Civil Veterinary Dept. Assam report 1927-50 - 1927-1950
Year: 1927
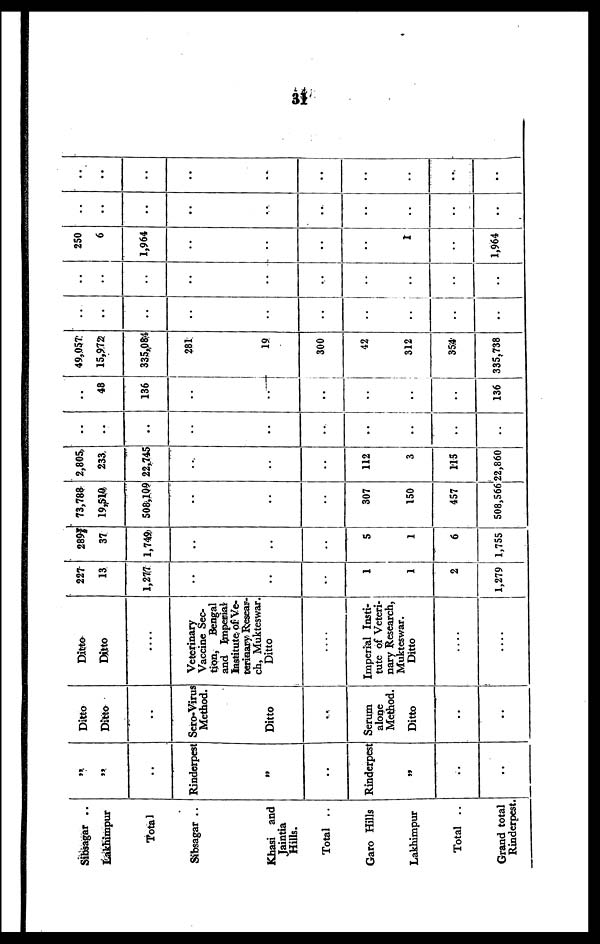
31
Sibsagar ..
Lakhimpur
Total
Sibsagar ..
Khasi and
Jaintia
Hills.
Total ..
Garo Hills
Lakhimpur
Total ..
Grand total
Rinderpest.
„
„
..
Rinderpest
„
..
Rinderpest
„
..
..
Ditto
Ditto
..
Sero-Virus
Method.
Ditto
..
Serum
alone
Method.
Ditto
..
..
Ditto
Ditto
....
Veterinary
Vaccine Sec-
tion, Bengal
and Imperial
Institute of Ve-
terioary Resear-
ch, Mukteswar.
Ditto
....
Imperial Insti-
tute of Veteri-
nary Research,
Mukteswar.
Ditto
....
....
227
13
1,277
..
..
..
1
1
2
1,279
289
37
1,749
..
..
..
5
1
6
1,755
73,788
19,510
508,109
..
..
..
307
150
457
508,566
2,808
233
22,745
..
..
..
112
3
115
Z2,860
..
..
..
..
..
..
..
..
..
..
..
48
136
..
..
..
..
..
..
136
49,057
15,972
335,084
281
19
300
42
312
354
335,738
..
..
..
..
..
..
..
..
..
..
..
..
..
..
..
..
..
..
..
..
250
6
1,964
..
..
..
..
1
..
1,964
..
..
..
..
..
..
..
..
..
..
..
..
..
..
..
..
..
..
..
..